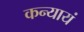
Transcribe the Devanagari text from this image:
कन्यायं